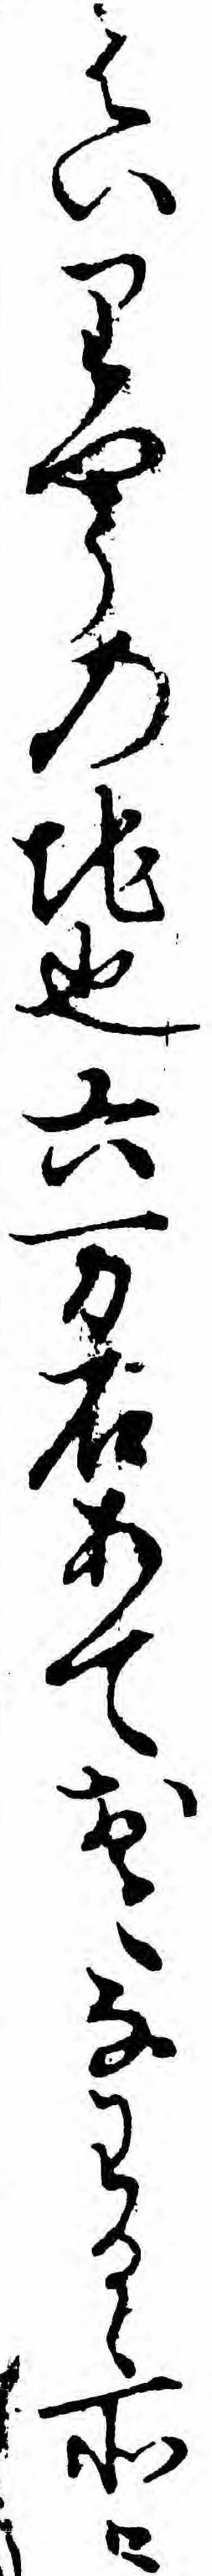
はいりやうの地也六万石あておこなわるゝ所々